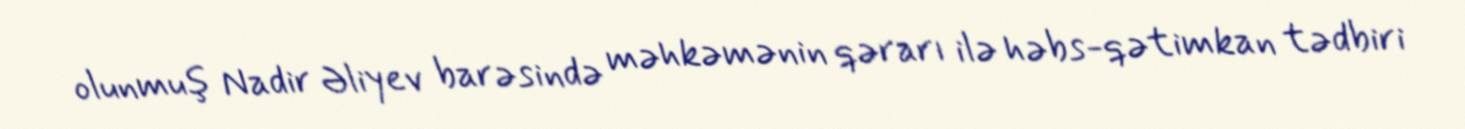
olunmuş Nadir Əliyev barəsində məhkəmənin qərarı ilə həbs-qətimkan tədbiri